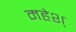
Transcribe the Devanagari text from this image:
महेश्